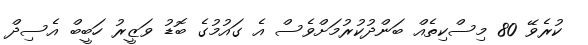
ކުރެވޭ 80 މިސްކިތެއް ބަންދުކުރުމަށްވެސް އެ ގައުމުގެ ބޮޑު ވަޒީރު ހަބީބް އެސިދް